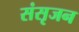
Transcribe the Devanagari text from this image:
संसृजन